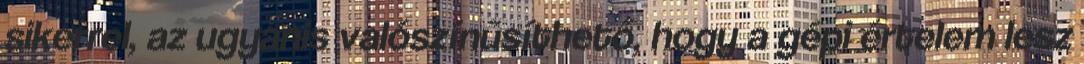
sikerrel, az ugyanis valószínűsíthető, hogy a gépi értelem lesz